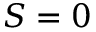
S = 0